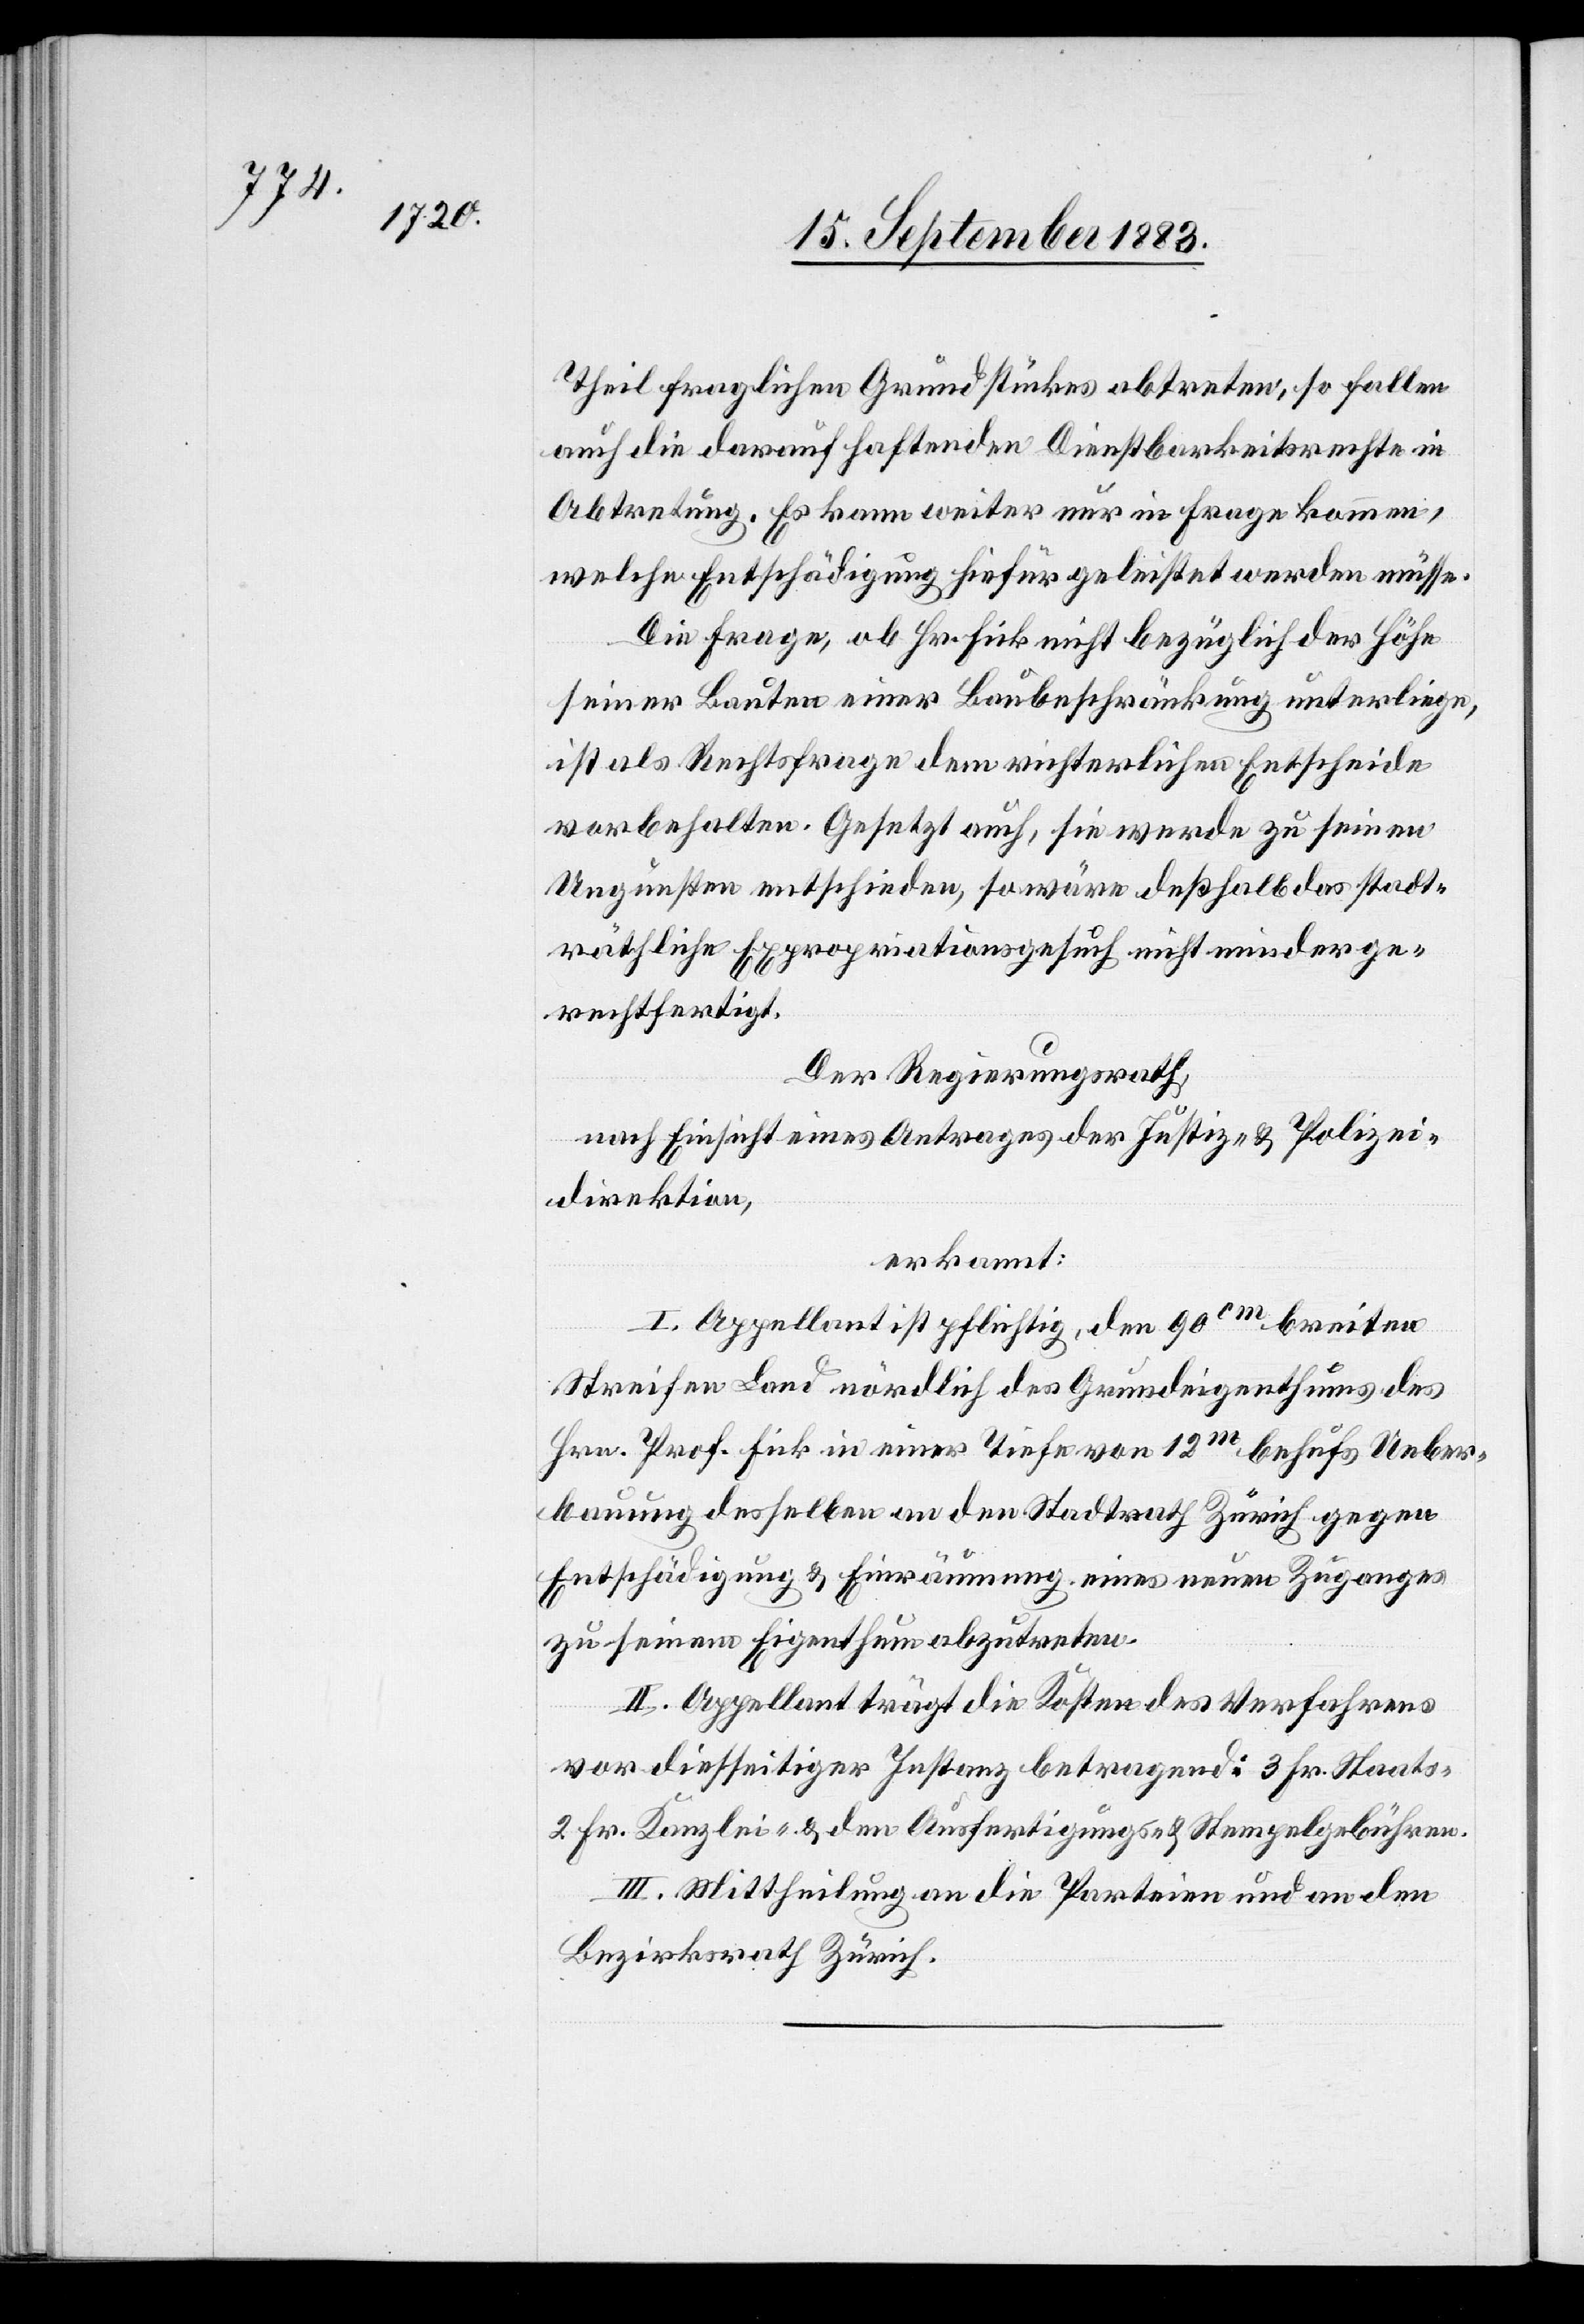
Theil fraglichen Grundstückes abtreten, so fallen
auch die darauf haftenden Dienstbarkeiten in
Abtretung. Es kann weiter nur in Frage kommen,
welche Entschädigung hiefür geleistet werden müsse.
Die Frage, ob Hr. Fick nicht bezüglich der Höhe
seiner Bauten einer Baubeschränkung unterliege,
ist als Rechtsfrage dem richterlichen Entscheide
vorbehalten. Gesetzt auch, sie werde zu seinen
Ungunsten entschieden, so wäre deßhalb das stadt¬
räthliche Expropriationsgesuch nicht minder ge¬
rechtfertigt.
d]er Regierungsrath,
nach Einsicht eines Antrages der Justiz- & Polizei¬
direktion,
erkannt:
I. Appellant ist pflichtig, den 90cm breiten
Streifen Land nördlich des Grundeigenthums des
Hrn. Prof. Fick in einer Tiefe von 12m behufs Ueber¬
bauung desselben an den Stadtrath Zürich gegen
Entschädigung & Einräumung eines neuen Zuganges
zu seinem Eigenthum abzutreten.
II. Appellant trägt die Kosten des Verfahrens
vor diesseitiger Instanz betragend 3 Fr. Staats-,
2 Fr. Kanzlei- & den Ausfertigungs- & Stempelgebühren.
III. Mittheilung an die Parteien und an den
Bezirksrath Zürich.